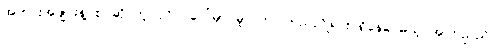
အတင်းအဖျင်းနဲ့ စပ်ဆိုင်တဲ့ ပုဂ္ဂိုလ်ပေါ်မှာ မူလက ကြည်ညိုရင်း ရှိနေပေမယ့် အကြည်ညို